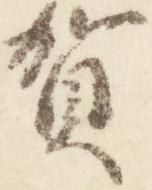
賀